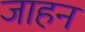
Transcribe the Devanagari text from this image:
जाहन